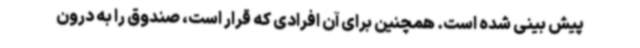
پیش بینی شده است. همچنین برای آن افرادی که قرار است، صندوق را به درون